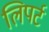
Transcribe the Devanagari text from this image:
लिपर्ट